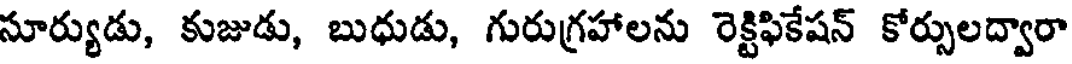
సూర్యుడు, కుజుడు, బుధుడు, గురుగ్రహాలను రెక్టిఫికేషన్ కోర్సులద్వారా